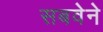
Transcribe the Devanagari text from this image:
सबवेने